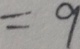
= 9